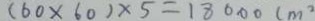
( 6 0 \times 6 0 ) \times 5 = 1 8 0 0 0 ( m ^ { 2 }